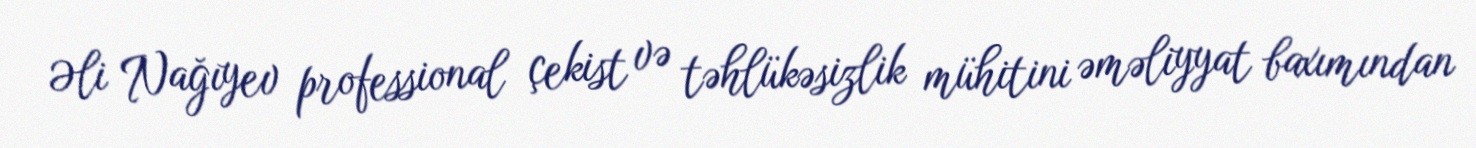
Əli Nağıyev professional çekist və təhlükəsizlik mühitini əməliyyat baxımından